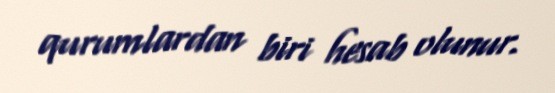
qurumlardan biri hesab olunur.